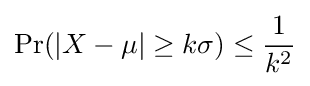
\Pr(|X-\mu |\geq k\sigma )\leq {\frac {1}{k^{2}}}